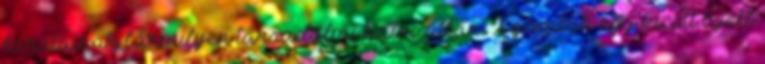
barátainak bármilyen társadalmi hálózatban. A gombok egy kicsit lejebb